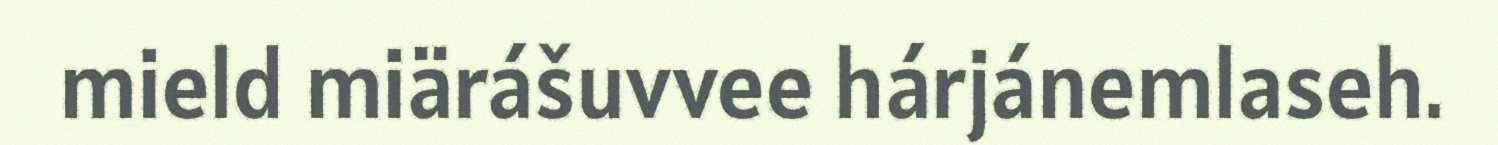
mield miärášuvvee hárjánemlaseh.